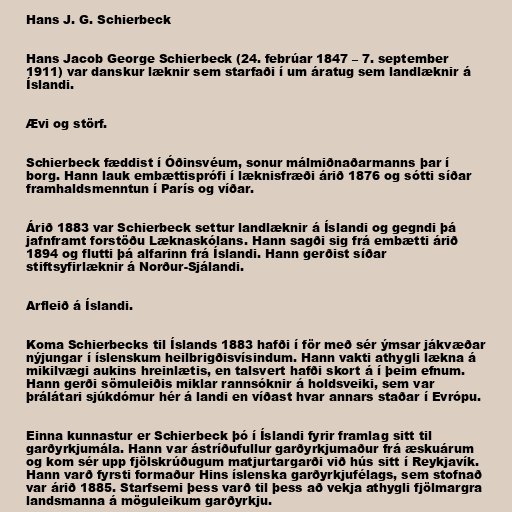
Hans J. G. Schierbeck

Hans Jacob George Schierbeck (24. febrúar 1847 – 7. september
1911) var danskur læknir sem starfaði í um áratug sem landlæknir á
Íslandi.

Ævi og störf.

Schierbeck fæddist í Óðinsvéum, sonur málmiðnaðarmanns þar í
borg. Hann lauk embættisprófi í læknisfræði árið 1876 og sótti síðar
framhaldsmenntun í París og víðar.

Árið 1883 var Schierbeck settur landlæknir á Íslandi og gegndi þá
jafnframt forstöðu Læknaskólans. Hann sagði sig frá embætti árið
1894 og flutti þá alfarinn frá Íslandi. Hann gerðist síðar
stiftsyfirlæknir á Norður-Sjálandi.

Arfleið á Íslandi.

Koma Schierbecks til Íslands 1883 hafði í för með sér ýmsar jákvæðar
nýjungar í íslenskum heilbrigðisvísindum. Hann vakti athygli lækna á
mikilvægi aukins hreinlætis, en talsvert hafði skort á í þeim efnum.
Hann gerði sömuleiðis miklar rannsóknir á holdsveiki, sem var
þrálátari sjúkdómur hér á landi en víðast hvar annars staðar í Evrópu.

Einna kunnastur er Schierbeck þó í Íslandi fyrir framlag sitt til
garðyrkjumála. Hann var ástríðufullur garðyrkjumaður frá æskuárum
og kom sér upp fjölskrúðugum matjurtargarði við hús sitt í Reykjavík.
Hann varð fyrsti formaður Hins íslenska garðyrkjufélags, sem stofnað
var árið 1885. Starfsemi þess varð til þess að vekja athygli fjölmargra
landsmanna á möguleikum garðyrkju.